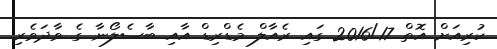
ކުރިއަށް އޮތް 2016/17 ގައި ރެއާލް މެޑްރިޑް އާއި ބާސެލޯނާ ގެ ވާދަވެރި